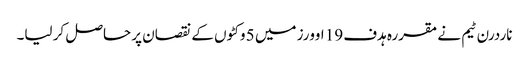
ناردرن ٹیم نے مقررہ ہدف 19 اوورز میں 5 وکٹوں کے نقصان پر حاصل کر لیا۔